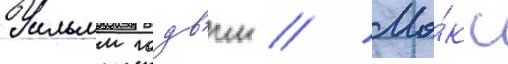
Уильям годв'ин // Ма́кс